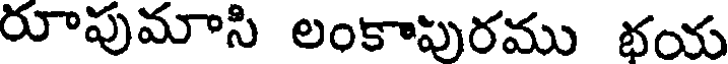
రూపుమాసి లంకాపురము భయ